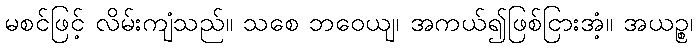
မစင်ဖြင့် လိမ်းကျံသည်။ သစေ ဘဝေယျ၊ အကယ်၍ဖြစ်ငြားအံ့။ အယဉ္စ၊